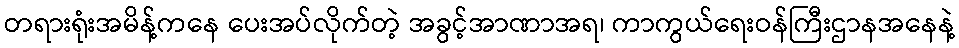
တရားရုံးအမိန့်ကနေ ပေးအပ်လိုက်တဲ့ အခွင့်အာဏာအရ၊ ကာကွယ်ရေးဝန်ကြီးဌာနအနေနဲ့